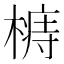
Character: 𣙦